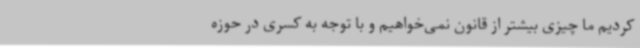
کردیم ما چیزی بیشتر از قانون نمی‌خواهیم و با توجه به کسری در حوزه